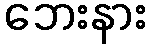
ဘေးနား